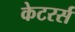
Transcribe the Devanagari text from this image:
केटरर्स